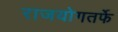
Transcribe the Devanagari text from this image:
राजयोगतर्फे